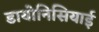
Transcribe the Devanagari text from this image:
डायोनिसियाई